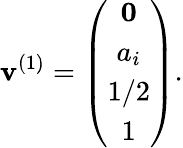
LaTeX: \mathbf{v}^{(1)}=\left(\begin{array}{ccc}{{{\mathbf 0}}}\\ {{a_{i}}}\\ {{1/2}}\\ {{1}}\end{array}\right).